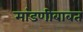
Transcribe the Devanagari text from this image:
मांडणीबाबत